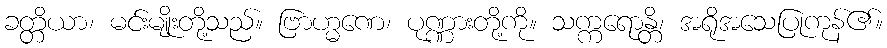
ခတ္တိယာ၊ မင်းမျိုးတို့သည်။ ဗြာဟ္မဏေ၊ ပုဏ္ဏားတို့ကို။ သက္ကရောန္တိ၊ အရိုအသေပြုကုန်၏။